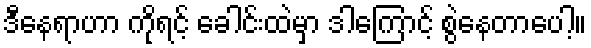
ဒီနေရာဟာ ကိုရင့် ခေါင်းထဲမှာ ဒါကြောင့် စွဲနေတာပေါ့။